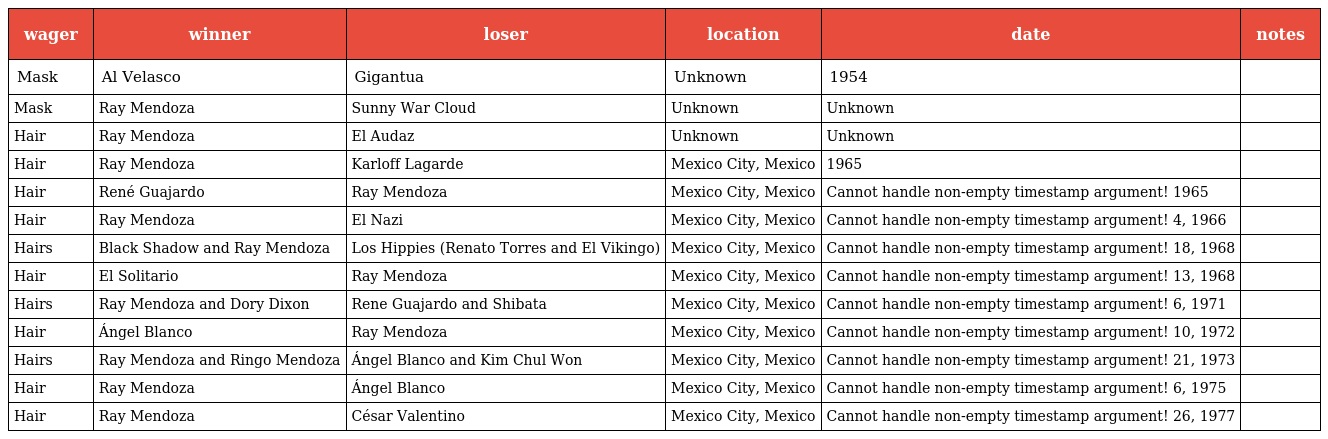
| wager | winner | loser | location | date | notes |
 | --- | --- | --- | --- | --- | --- |
 | Mask | Al Velasco | Gigantua | Unknown | 1954 |  |
 | Mask | Ray Mendoza | Sunny War Cloud | Unknown | Unknown |  |
 | Hair | Ray Mendoza | El Audaz | Unknown | Unknown |  |
 | Hair | Ray Mendoza | Karloff Lagarde | Mexico City, Mexico | 1965 |  |
 | Hair | René Guajardo | Ray Mendoza | Mexico City, Mexico | Cannot handle non-empty timestamp argument! 1965 |  |
 | Hair | Ray Mendoza | El Nazi | Mexico City, Mexico | Cannot handle non-empty timestamp argument! 4, 1966 |  |
 | Hairs | Black Shadow and Ray Mendoza | Los Hippies (Renato Torres and El Vikingo) | Mexico City, Mexico | Cannot handle non-empty timestamp argument! 18, 1968 |  |
 | Hair | El Solitario | Ray Mendoza | Mexico City, Mexico | Cannot handle non-empty timestamp argument! 13, 1968 |  |
 | Hairs | Ray Mendoza and Dory Dixon | Rene Guajardo and Shibata | Mexico City, Mexico | Cannot handle non-empty timestamp argument! 6, 1971 |  |
 | Hair | Ángel Blanco | Ray Mendoza | Mexico City, Mexico | Cannot handle non-empty timestamp argument! 10, 1972 |  |
 | Hairs | Ray Mendoza and Ringo Mendoza | Ángel Blanco and Kim Chul Won | Mexico City, Mexico | Cannot handle non-empty timestamp argument! 21, 1973 |  |
 | Hair | Ray Mendoza | Ángel Blanco | Mexico City, Mexico | Cannot handle non-empty timestamp argument! 6, 1975 |  |
 | Hair | Ray Mendoza | César Valentino | Mexico City, Mexico | Cannot handle non-empty timestamp argument! 26, 1977 |  |